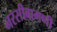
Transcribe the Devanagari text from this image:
नरसीबामणी